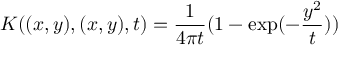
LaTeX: K ( ( x , y ) , ( x , y ) , t ) = { \frac { 1 } { 4 \pi t } } ( 1 - \exp ( - { \frac { y ^ { 2 } } { t } } ) )